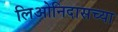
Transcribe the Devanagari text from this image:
लिओनिदासच्या